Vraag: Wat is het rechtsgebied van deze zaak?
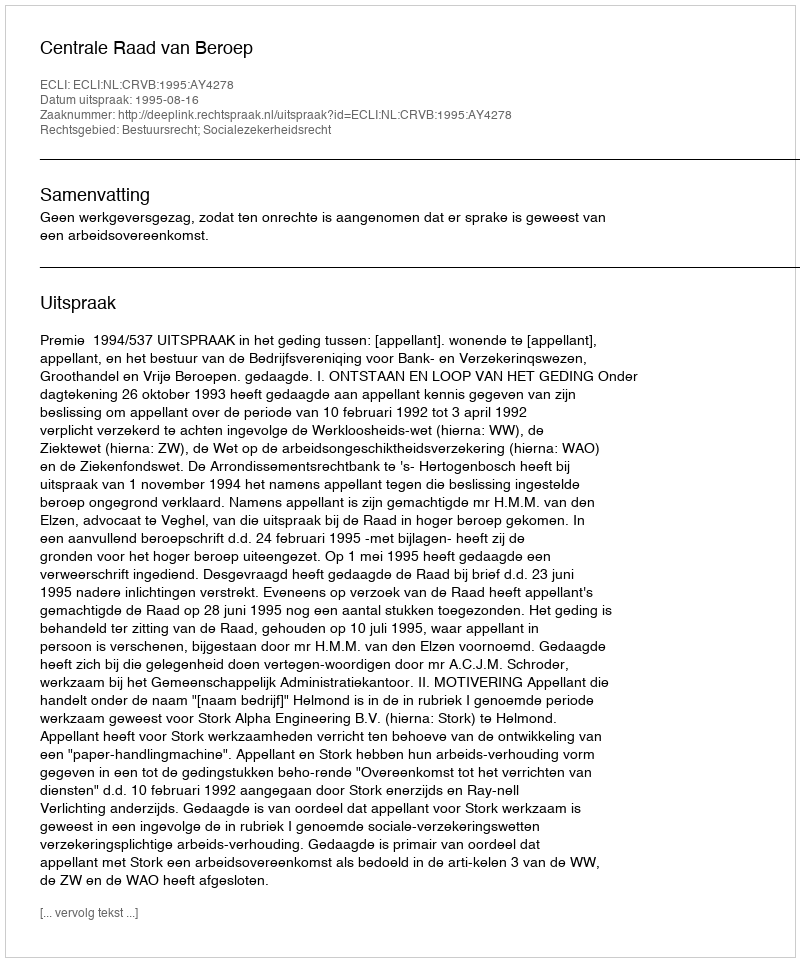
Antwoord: Bestuursrecht; Socialezekerheidsrecht